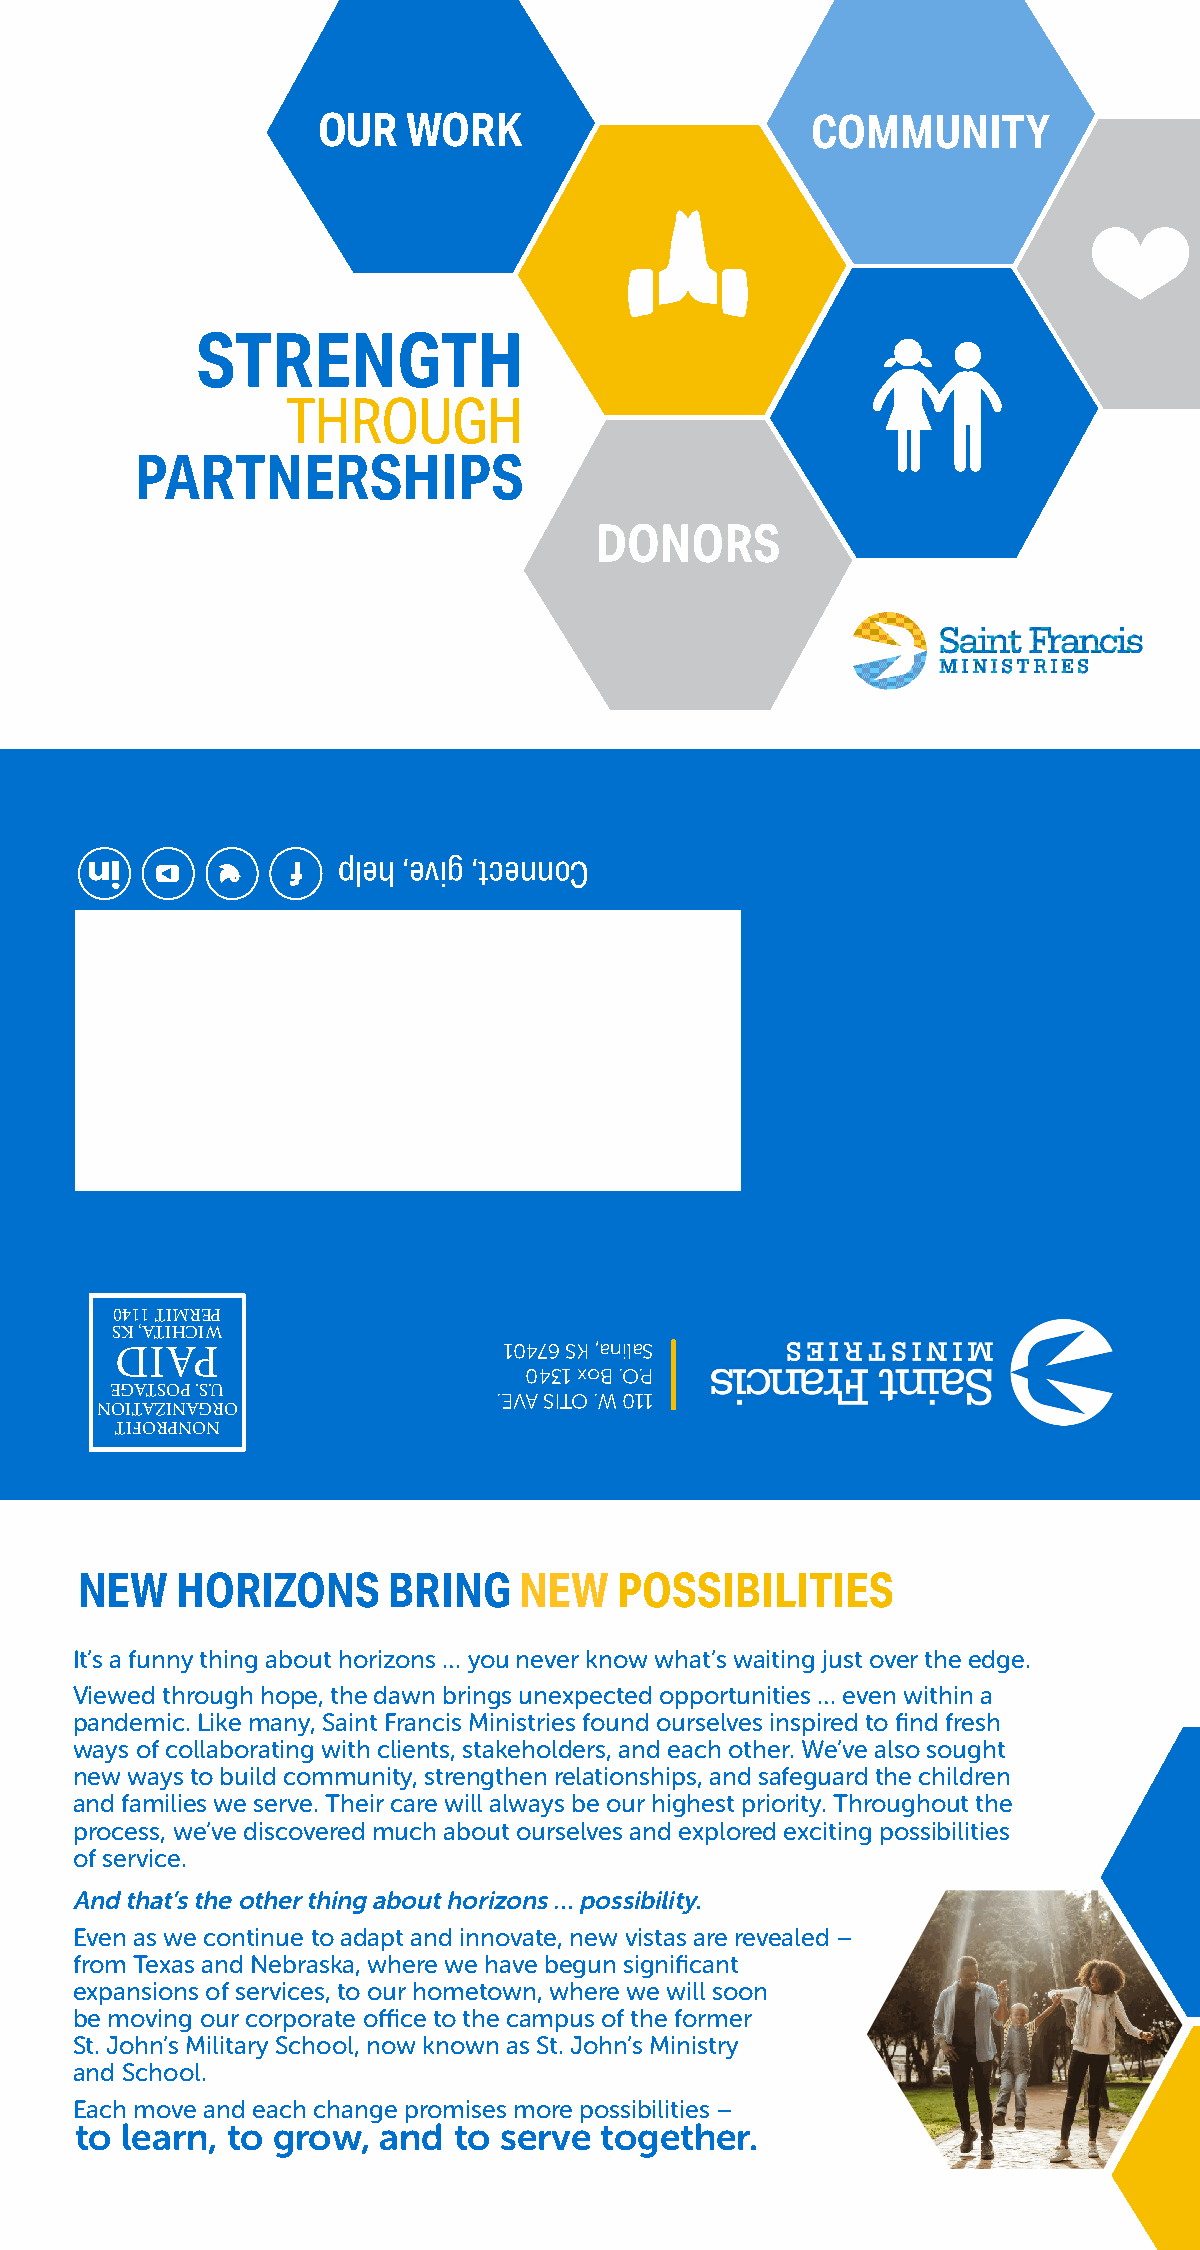
OUR   WORK                       COMMUNITY
 STRENGTH
 THROUGH
 PARTNERSHIPS
 DONORS
 pleh ,evig ,tcennoC
 0411 TIMREP
 SK ,ATIHCIW
 DIAP
 10476 SK ,anilaS
 0431 xoB .O.P
 EGATSOP .S.U
 .EVA SITO .W 011
 NOITAZINAGRO
 TIFORPNON
 NEW    HORIZONS      BRING   NEW    POSSIBILITIES
 It’s a funny thing about horizons … you never know what’s waiting just over the edge.
 Viewed through hope, the dawn brings unexpected opportunities … even within a
 pandemic. Like many, Saint Francis Ministries found ourselves inspired to find fresh
 ways of collaborating with clients, stakeholders, and each other. We’ve also sought
 new ways to build community, strengthen relationships, and safeguard the children
 and families we serve. Their care will always be our highest priority. Throughout the
 process, we’ve discovered much about ourselves and explored exciting possibilities
 of service.
 And that’s the other thing about horizons … possibility.
 Even as we continue to adapt and innovate, new vistas are revealed –
 from Texas and Nebraska, where we have begun significant
 expansions of services, to our hometown, where we will soon
 be moving our corporate office to the campus of the former
 St. John’s Military School, now known as St. John’s Ministry
 and School.
 Each move and each change promises more possibilities –
 to learn, to grow,  and  to serve  together.